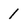
Character: 1